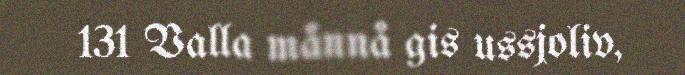
131 Valla månnå gis ussjoliv,